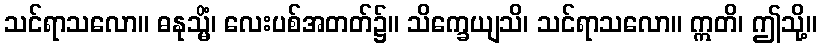
သင်ရာသလော။ ဓနုသ္မိံ၊ လေးပစ်အတတ်၌။ သိက္ခေယျသိ၊ သင်ရာသလော။ ဣတိ၊ ဤသို့။